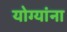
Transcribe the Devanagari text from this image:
योग्यांना